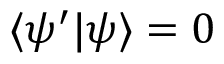
\langle \psi ^ { \prime } | \psi \rangle = 0